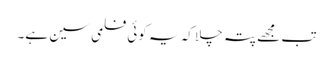
تب مجھے پتہ چلا کہ یہ کوئی فلمی سین ہے۔